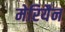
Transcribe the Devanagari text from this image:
मेरियैन